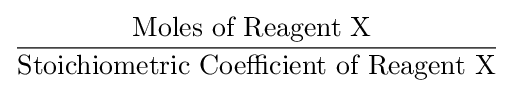
{\frac {\mbox{Moles of Reagent X }}{\mbox{Stoichiometric Coefficient of Reagent X}}}